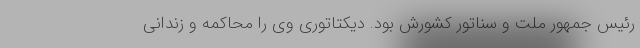
رئیس جمهور ملت و سناتور کشورش بود. دیکتاتوری وی را محاکمه و زندانی